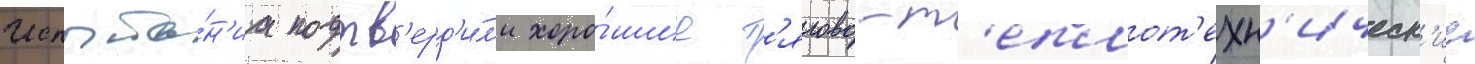
Испыта́н'иа подтв'ерд'и́л'и хоро́шие т'ягово-т'еплот'ехн'ическ'ие